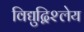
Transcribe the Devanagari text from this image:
विद्युद्विश्लेय